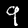
Label: 9